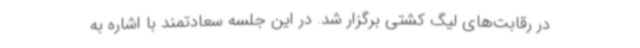
در رقابت‌های لیگ کشتی برگزار شد. در این جلسه سعادتمند با اشاره به